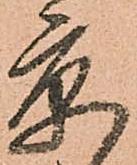
京